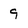
Character: 9